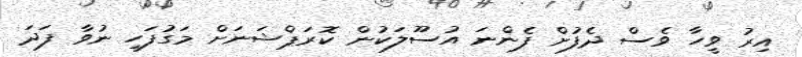
އިރު ވީހާ ވެސް ދެފުށް ފެންނަ އުސޫލަކުން ކޮރަޕްޝަނަށް މަގުފަހި ނުވާ ފަދަ